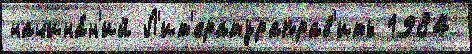
начина́н'ий Л'ит'ератураправ'ить 1984